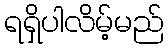
ရရှိပါလိမ့်မည်